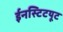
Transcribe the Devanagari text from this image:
ईनस्टिटयूट